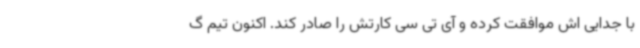
با جدایی اش موافقت کرده و آی تی سی کارتش را صادر کند. اکنون تیم گ